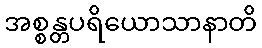
အစ္စန္တပရိယောသာနာတိ